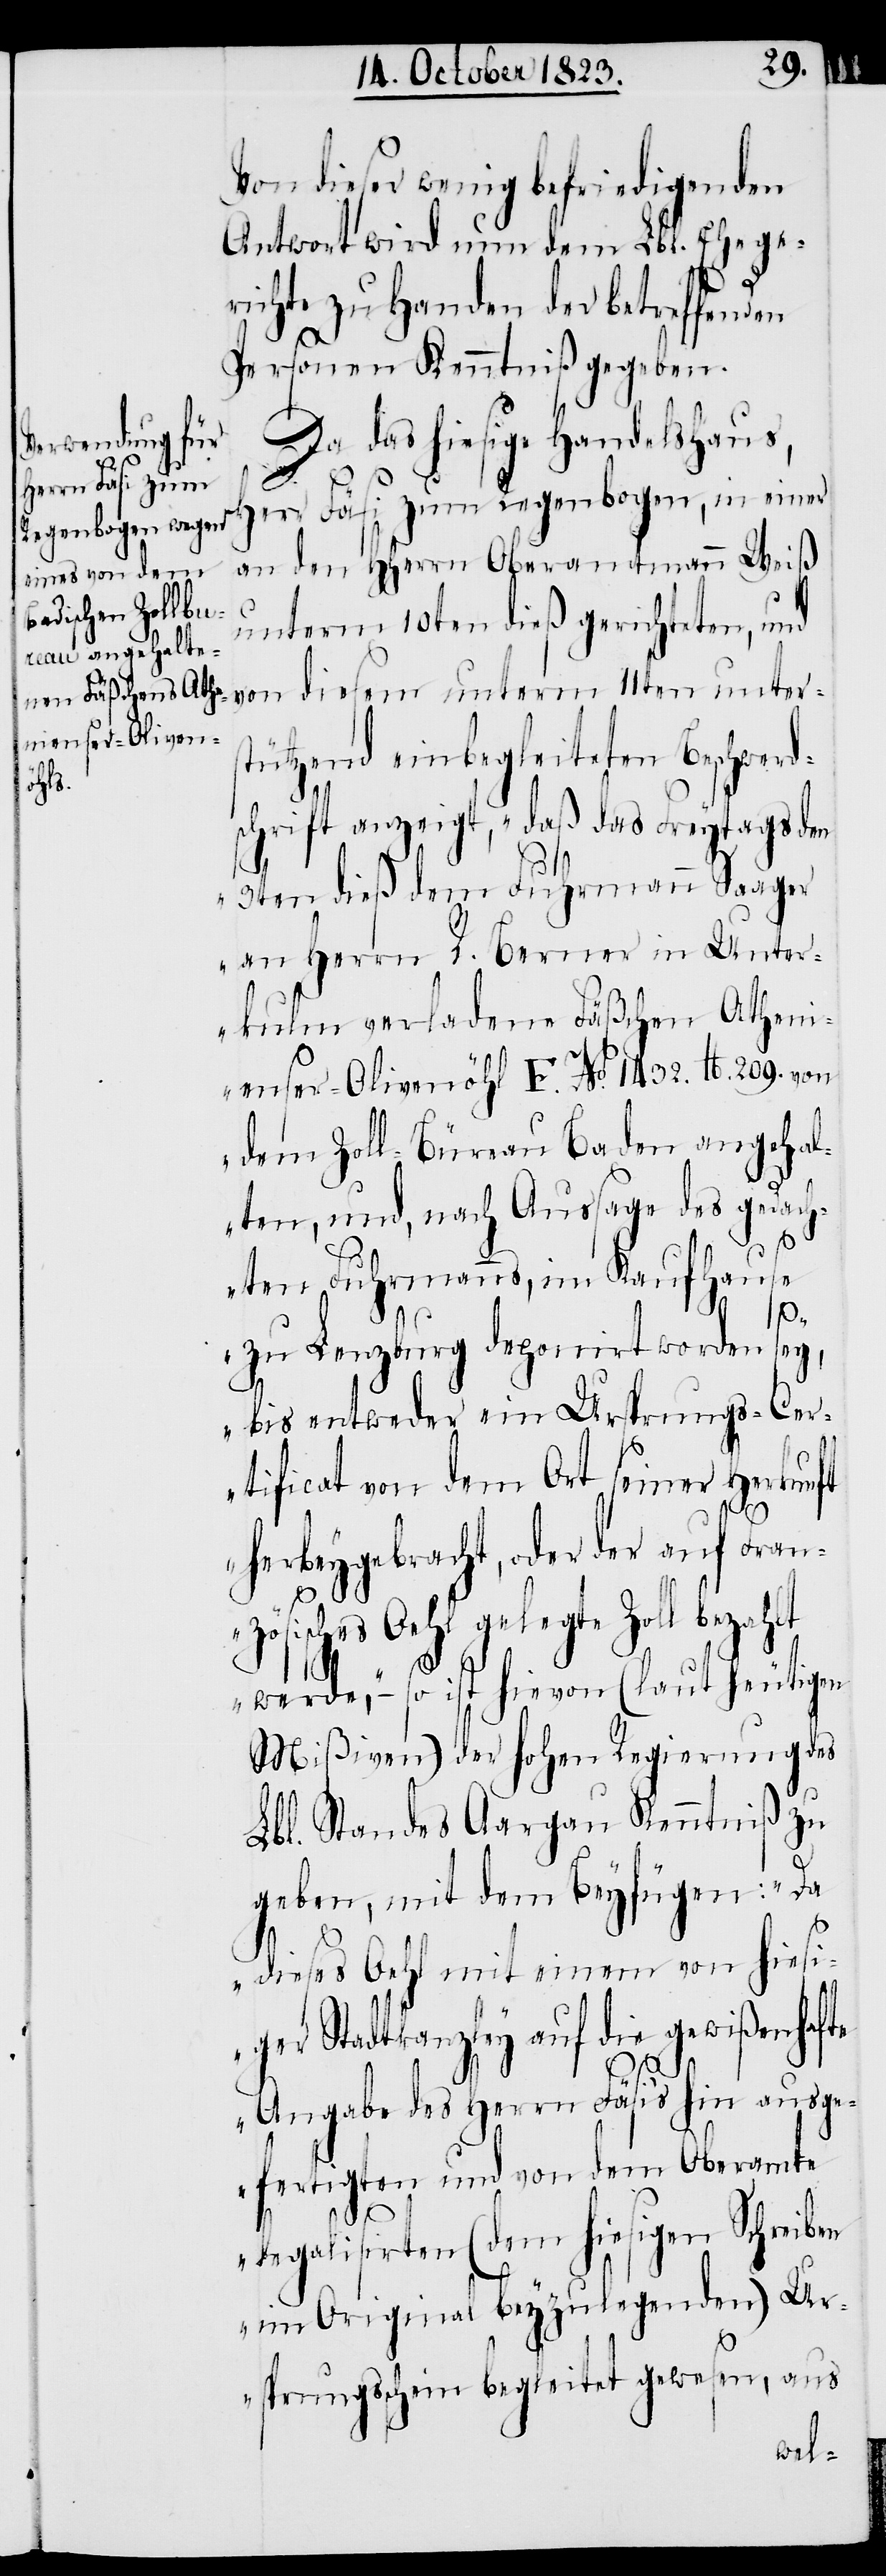
Von dieser wenig befriedigenden
Antwort wird nun dem Lbl. Ehege¬
richte zu Handen der betreffenden
Personen Kenntniß gegeben.
Da das hiesige Handelshaus,
Herr Fäsi zum Regenbogen, in einer
an den HHerrn Oberamtmann Weiß
unterm 10ten dieß gerichteten, und
ützend einbegleiteten Beschwerd¬
schrift anzeigt, „daß das Freytags den
3ten dieß dem Fuhrmann Saager
an Herrn R. Berner in Unter¬
kulm verladene Fäßchen Athen¬
ienser-Olivenöhl F. No. 1432. lb. 209. von
dem Zoll-Büreau Baden angehal¬
ten, und, nach Aussage des gedach¬
ten Fuhrmanns, im Kaufhause
zu Lenzburg deponirt worden sey,
bis entweder ein Ursprungs-Cer¬
tificat von dem Ort seiner Herkunft
herbeygebracht, oder der auf Franz¬
ösisches Oehl gelegte Zoll
werde,“ – so ist hievon (laut heutigen
Mißiven) der hohen Regierung des
Lbl. Standes Aargau Kenntniß zu
geben, mit dem Beyfügen: „Da
dieses Oehl mit einem von hiesi¬
ger Stadtkanzley auf die gewißenhafte
Angabe des Herrn Fäsi’s hin ausge¬
fertigten und von dem Oberamte
legalisirten (dem hiesigen Schreiben
im Original beyzulegenden) Ur¬
sprungsschein begleitet gewesen, aus

von